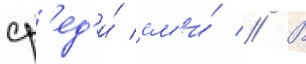
ср'ед'и́ см'и́ // В